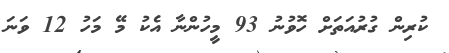
ކުރިން ގުރުއަތަށް ހޮވުނު 93 މީހުންނާ އެކު މޭ މަހު 12 ވަނަ